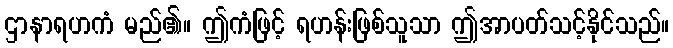
ဌာနာရဟကံ မည်၏။ ဤကံဖြင့် ရဟန်းဖြစ်သူသာ ဤအာပတ်သင့်နိုင်သည်။